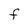
Character: F